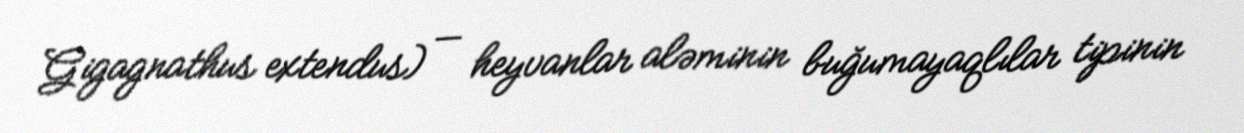
Gigagnathus extendus) — heyvanlar aləminin buğumayaqlılar tipinin